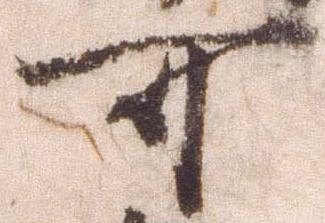
可